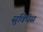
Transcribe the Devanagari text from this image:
सुविधेस